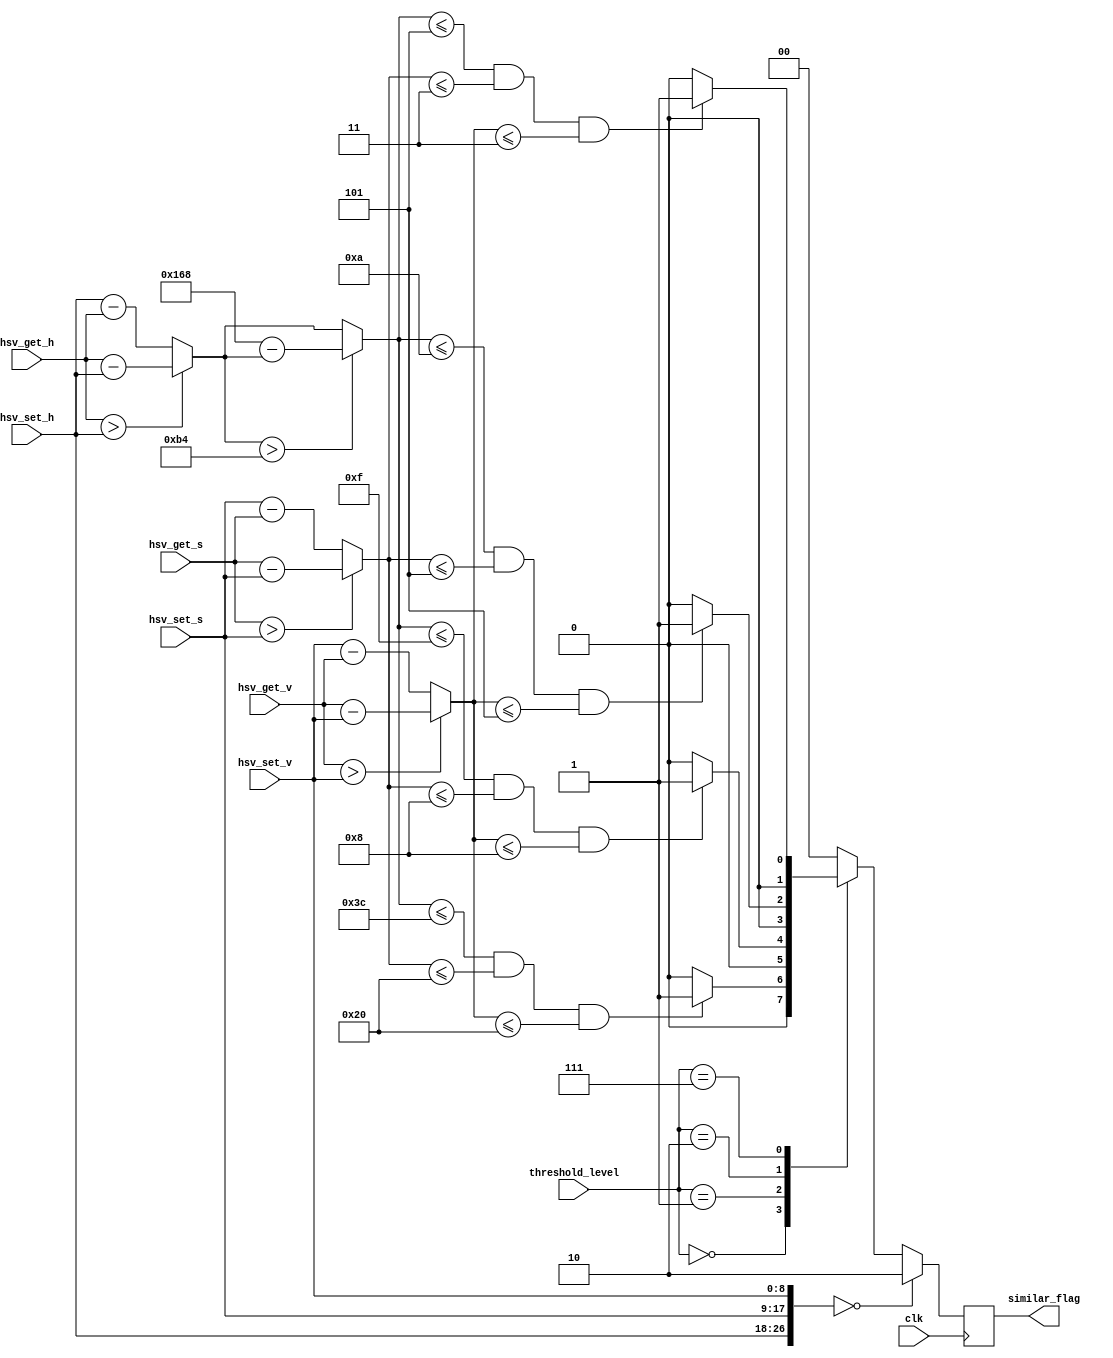
module HSVComparator (
    input   clk,
    input wire [8:0] hsv_get_h, hsv_get_s, hsv_get_v,
    input wire [8:0] hsv_set_h, hsv_set_s, hsv_set_v,
    input wire [2:0] threshold_level,
    output reg [1:0] similar_flag //:012
);
parameter THRESHOLD1_H = 60, THRESHOLD1_S = 32, THRESHOLD1_V = 32;  // 
parameter THRESHOLD2_H = 15, THRESHOLD2_S = 8,  THRESHOLD2_V = 8; // 
parameter THRESHOLD3_H = 10, THRESHOLD3_S = 5,  THRESHOLD3_V = 5; // 
parameter THRESHOLD4_H = 5,  THRESHOLD4_S = 3,  THRESHOLD4_V = 3;  // 


reg [8:0] h_diff, s_diff, v_diff;

// 
function [8:0] abs_diff;
    input [8:0] a, b;
    if (a > b) begin
        abs_diff = a - b;
    end else begin
        abs_diff = b - a;
    end
endfunction

always @(posedge clk) begin
    similar_flag <= 2'b0; // 0

    // 
    h_diff = abs_diff(hsv_get_h, hsv_set_h);
    s_diff = abs_diff(hsv_get_s, hsv_set_s);
    v_diff = abs_diff(hsv_get_v, hsv_set_v);

    // 
    if (h_diff > 180) begin
        h_diff = 360 - h_diff;
        
    end
    if ({hsv_set_h,hsv_set_s,hsv_set_v} == 24'b0)begin
        similar_flag <= 2'b10;
    end
    else begin
       // 
    case(threshold_level)
        3'b000: begin // 
            if (h_diff <= THRESHOLD1_H && s_diff <= THRESHOLD1_S && v_diff <= THRESHOLD1_V) begin
                similar_flag <= 2'b01; // 
            end
        end
        3'b001: begin // 
            if (h_diff <= THRESHOLD2_H && s_diff <= THRESHOLD2_S && v_diff <= THRESHOLD2_V) begin
                similar_flag <= 2'b01; // 
            end
        end
        3'b010: begin // 
            if (h_diff <= THRESHOLD3_H && s_diff <= THRESHOLD3_S && v_diff <= THRESHOLD3_V) begin
                similar_flag <= 2'b01; // 
            end
        end
        3'b111: begin // 
            if (h_diff <= THRESHOLD4_H && s_diff <= THRESHOLD4_S && v_diff <= THRESHOLD4_V) begin
                similar_flag <= 2'b01; // 
            end
        end
        default: ; // 
    endcase 
    end
end

endmodule